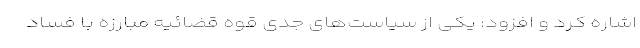
اشاره کرد و افزود: یکی از سیاست‌های جدی قوه قضائیه مبارزه با فساد